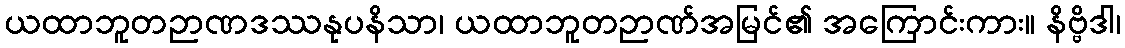
ယထာဘူတဉာဏဒဿနုပနိသာ၊ ယထာဘူတဉာဏ်အမြင်၏ အကြောင်းကား။ နိဗ္ဗိဒါ၊